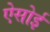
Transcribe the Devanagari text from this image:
ऐसोई